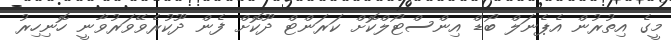
މީގެ އިތުރުން އެޕެނަލް ބޯޑް އިންސްޓޯލްކޮށް ކަރަންޓް ދޫކޮށް ފެން ދޫކުރެވޭވަރުވާނީ ހޮނިހިރު